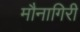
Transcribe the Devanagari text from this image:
मौनागिरी